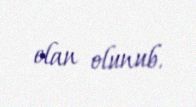
elan olunub.